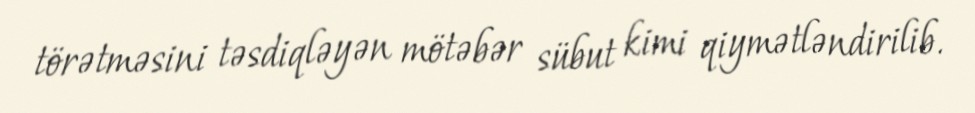
törətməsini təsdiqləyən mötəbər sübut kimi qiymətləndirilib.